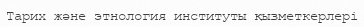
Тарих және этнология институты қызметкерлері